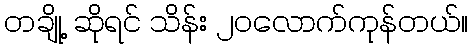
တချို့ ဆိုရင် သိန်း ၂၀လောက်ကုန်တယ်။